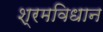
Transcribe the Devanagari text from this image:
श्रमविधान